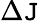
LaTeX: {\Delta\mathtt{J}}